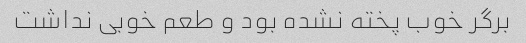
برگر خوب پخته نشده بود و طعم خوبی نداشت